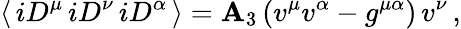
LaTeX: \langle\, iD^{\mu}\, iD^{\nu}\, iD^{\alpha}\, \rangle=\mathbf{A}_{3}\, (v^{\mu}v^{\alpha}-g^{\mu\alpha})\, v^{\nu}\, ,